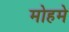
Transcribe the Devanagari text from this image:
मोहमे